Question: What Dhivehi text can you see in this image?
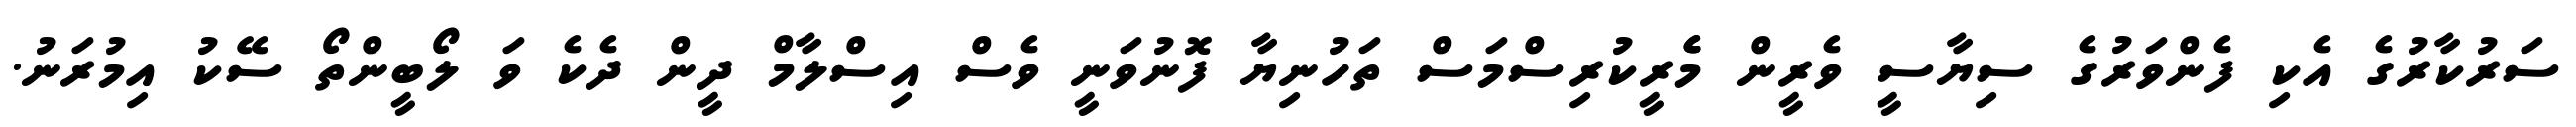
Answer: ސަރުކާރުގެ އެކި ފެންވަރުގެ ސިޔާސީ ވެރީން މެެރީކުރިސްމަސް ތަހުނިޔާ ފޮނުވަނީ ވެސް އިސްލާމް ދީން ދެކެ ވަ ލޯބީންތޯ ސޭކު އިމުރަނު.